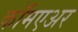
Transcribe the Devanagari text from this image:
कॉमएअर